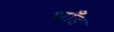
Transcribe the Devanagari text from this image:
भाँड